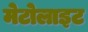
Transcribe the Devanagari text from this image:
मेटोलाइट